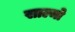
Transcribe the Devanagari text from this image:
साल्मो